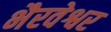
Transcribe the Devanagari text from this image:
भैरवेश्वर